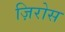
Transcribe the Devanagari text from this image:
ज़िरोस